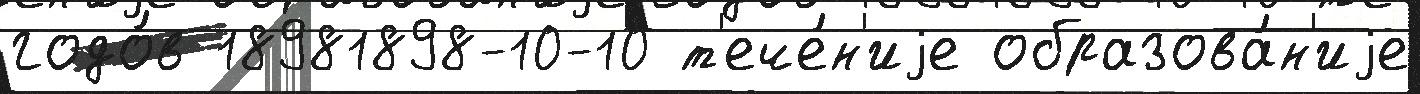
годо́в 18981898-10-10 т'ече́н'иjе образова́н'иjе